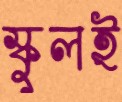
স্কুলই